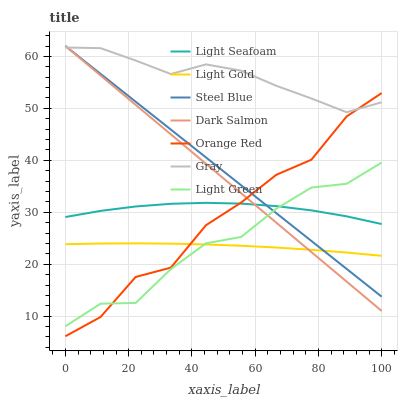
| xaxis_label | Light Seafoam | Light Gold | Steel Blue | Dark Salmon | Orange Red | Gray | Light Green |
 | --- | --- | --- | --- | --- | --- | --- | --- |
 | 0 | 29.1 | 23.9 | 62 | 62 | 6.14 | 61.7 | 8.06 |
 | 11.1 | 30.3 | 24 | 56.6 | 56.3 | 9.85 | 61.6 | 12.4 |
 | 22.2 | 31.1 | 24 | 51.3 | 50.7 | 17.6 | 59.2 | 12.5 |
 | 33.3 | 31.6 | 24 | 45.9 | 45 | 19.3 | 56.6 | 19.1 |
 | 44.4 | 31.8 | 23.8 | 40.6 | 39.3 | 27.5 | 58.5 | 24 |
 | 55.6 | 31.7 | 23.6 | 35.2 | 33.7 | 31.9 | 57.3 | 25.2 |
 | 66.7 | 31.2 | 23.2 | 29.8 | 28 | 37.2 | 54.3 | 30.7 |
 | 77.8 | 30.4 | 22.8 | 24.5 | 22.3 | 40.1 | 51.9 | 34.8 |
 | 88.9 | 29.2 | 22.3 | 19.1 | 16.7 | 48.4 | 49.3 | 35.5 |
 | 100 | 27.7 | 21.6 | 13.8 | 11 | 52.9 | 51.2 | 39.6 |